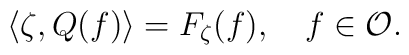
\langle \zeta, Q(f)\rangle=F_\zeta(f), \quad f\in {\cal O}.